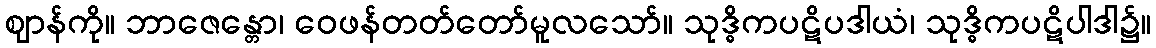
ဈာန်ကို။ ဘာဇေန္တော၊ ဝေဖန်တတ်တော်မူလသော်။ သုဒ္ဓိကပဋိပဒါယံ၊ သုဒ္ဓိကပဋိပါဒါ၌။